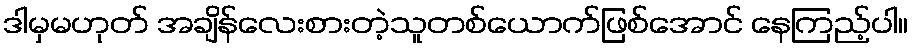
ဒါမှမဟုတ် အချိန်လေးစားတဲ့သူတစ်ယောက်ဖြစ်အောင် နေကြည့်ပါ။